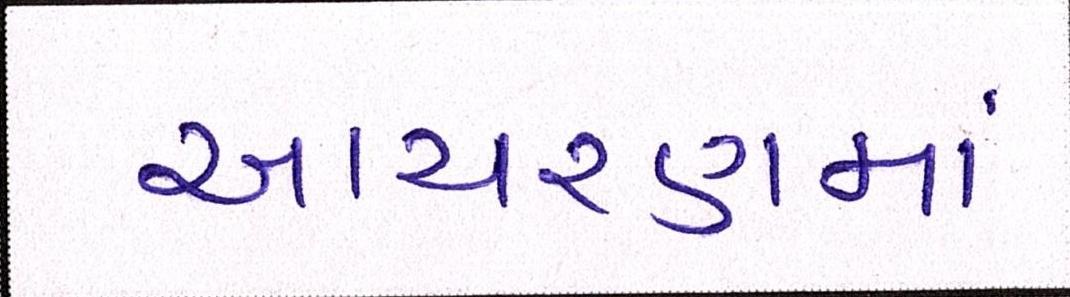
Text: આચરણમાં